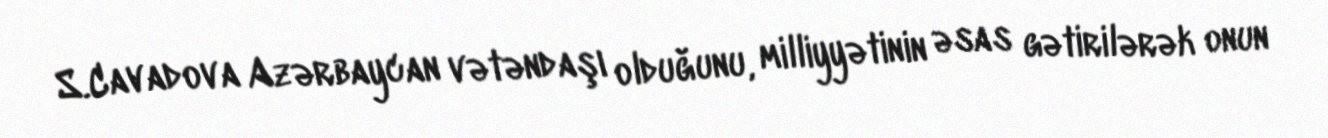
S.Cavadova Azərbaycan vətəndaşı olduğunu, milliyyətinin əsas gətirilərək onun